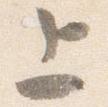
上